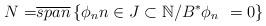
LaTeX: \begin{align*}{ N=}\overline{span}\left\{ \phi _{n}n\in J\subset \mathbb{N}/B^{\ast }\phi _{n}{}_{\ }=0\right\}\end{align*}